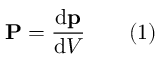
\mathbf { P } = { \frac { \mathrm { d } \mathbf { p } } { \mathrm { d } V } } \qquad ( 1 )